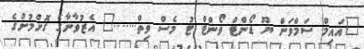
"އައިމް ސަމްވަން ޔޫ ޑޯންޓް ވޯންޓް ޓު މެސް ވިތް......." އެޒުވާނާގެ ގޮށްމުށުގެ